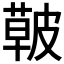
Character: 𱾑